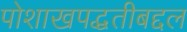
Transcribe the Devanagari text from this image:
पोशाखपद्धतीबद्दल